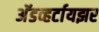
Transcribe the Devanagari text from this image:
अॅडव्हर्टायझर